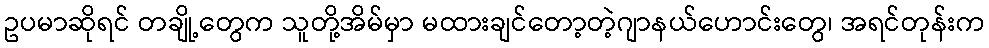
ဥပမာဆိုရင် တချို့တွေက သူတို့အိမ်မှာ မထားချင်တော့တဲ့ဂျာနယ်ဟောင်းတွေ၊ အရင်တုန်းက